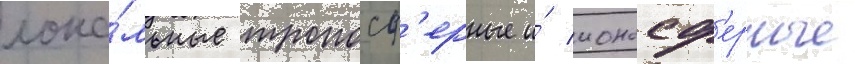
лока́льные тропосф'ерные и́ ионосф'ерные